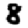
Digit: 8